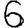
Digit: 6